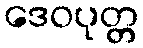
ဒေဝပုတ္တ